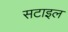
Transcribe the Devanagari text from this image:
सटाइल